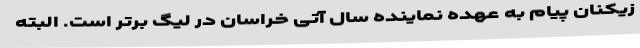
زیکنان پیام به عهده نماینده سال آتی خراسان در لیگ برتر است. البته